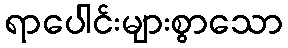
ရာပေါင်းများစွာသော